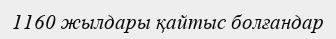
1160 жылдары қайтыс болғандар